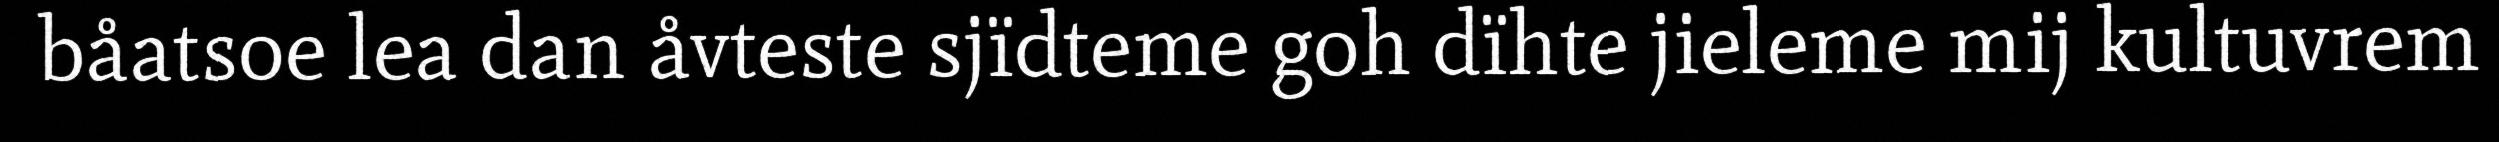
båatsoe lea dan åvteste sjïdteme goh dïhte jieleme mij kultuvrem